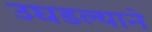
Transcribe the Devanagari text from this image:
उघडल्याने